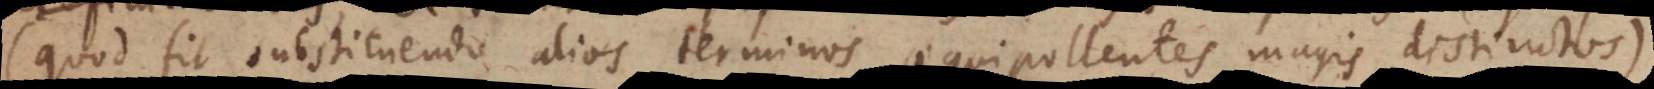
(quod fit substituendo alios terminos aequipollentes magis distinctos),